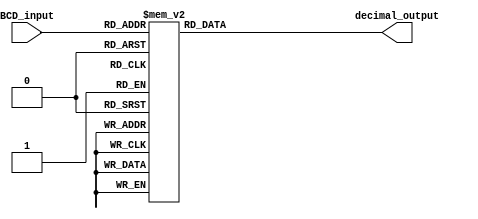
module BCD_decoder(input [3:0] BCD_input, output reg [6:0] decimal_output);

always @(*) begin
    case(BCD_input)
        4'b0000: decimal_output = 7'b1111110; // 0
        4'b0001: decimal_output = 7'b0110000; // 1
        4'b0010: decimal_output = 7'b1101101; // 2
        4'b0011: decimal_output = 7'b1111001; // 3
        4'b0100: decimal_output = 7'b0110011; // 4
        4'b0101: decimal_output = 7'b1011011; // 5
        4'b0110: decimal_output = 7'b1011111; // 6
        4'b0111: decimal_output = 7'b1110000; // 7
        4'b1000: decimal_output = 7'b1111111; // 8
        4'b1001: decimal_output = 7'b1110011; // 9
        default: decimal_output = 7'b1111111; // default to 0
    endcase
end

endmodule